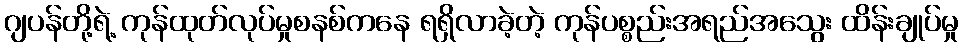
ဂျပန်တို့ရဲ့ ကုန်ထုတ်လုပ်မှုစနစ်ကနေ ရရှိလာခဲ့တဲ့ ကုန်ပစ္စည်းအရည်အသွေး ထိန်းချုပ်မှု